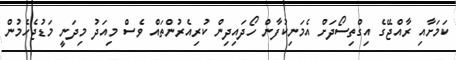
ކަމަށާއި ރާއްޖޭގެ އިގްތިސޯދަށް އެމަނިކުފާން ހޯދައިދިން ކުރިއެރުންތައް ވެސް މިއަދު މިދަނީ މަޑުޖެހެމުން